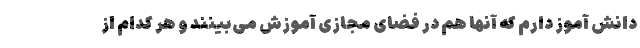
دانش آموز دارم که آنها هم در فضای مجازی آموزش می‌بینند و هر کدام از